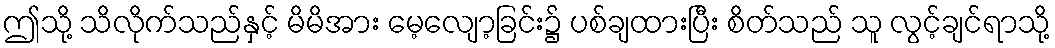
ဤသို့ သိလိုက်သည်နှင့် မိမိအား မေ့လျော့ခြင်း၌ ပစ်ချထားပြီး စိတ်သည် သူ လွင့်ချင်ရာသို့